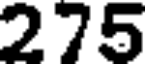
275